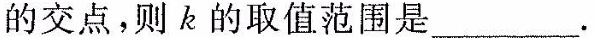
的交点，则k的取值范围是___.